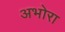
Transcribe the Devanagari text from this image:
अभोरा